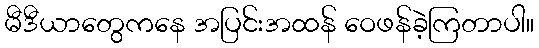
မီဒီယာတွေကနေ အပြင်းအထန် ဝေဖန်ခဲ့ကြတာပါ။